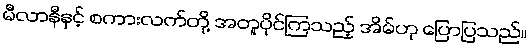
မီလာနီနှင့် စကားလက်တို့ အတူပိုင်ကြသည့် အိမ်ဟု ပြောပြသည်။